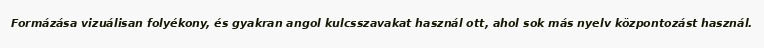
Formázása vizuálisan folyékony, és gyakran angol kulcsszavakat használ ott, ahol sok más nyelv központozást használ.